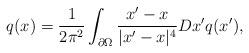
LaTeX: \begin{align*}q(x)={1\over 2\pi^2}\int_{\partial \Omega}{x^\prime-x\over |x^\prime-x|^4}Dx^\prime q(x^\prime),\end{align*}